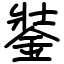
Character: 銺